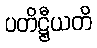
ပတိဋ္ဌီယတိ